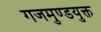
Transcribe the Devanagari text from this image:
गजमुण्डयुक्त